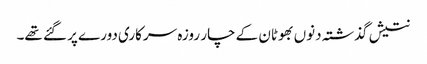
نتیش گذشتہ دنوں بھوٹان کے چار روزہ سرکاری دورے پر گئے تھے۔